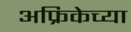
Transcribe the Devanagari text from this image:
अफ्रिकेच्या